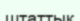
штаттық